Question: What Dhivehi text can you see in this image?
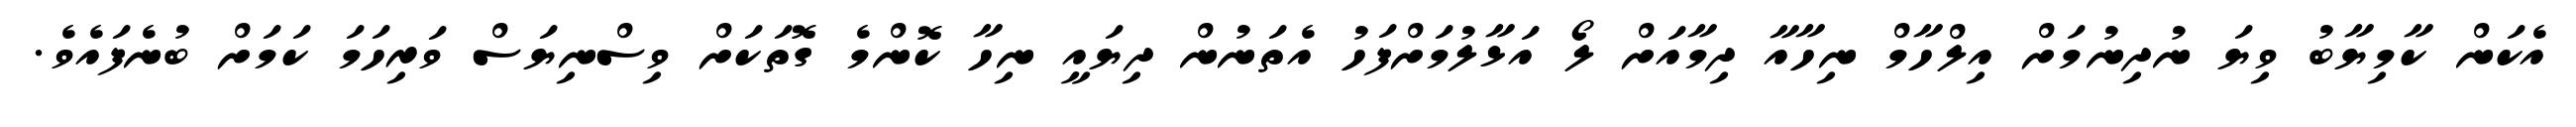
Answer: އެކަން ކާމިޔާބު ވިޔަ ނުދިނުމަށް އިލްހާމް ނިހާއާ ދިމާއަށް ލޯ އަޅާލުމަށްފަހު އެތަނުން ދިޔައީ ނިހާ ކޮންމެ ގޮތަކަށް ވިސްނިޔަސް ވަރިހަމަ ކަމަށް ބުނެފައެވެ.